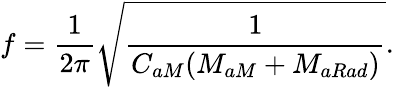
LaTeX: f=\frac{1}{2\pi}\sqrt{\frac{1}{C_{aM}(M_{aM}+M_{aRad})}}.